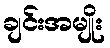
ချင်းအမျိုး